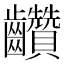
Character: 𪚇